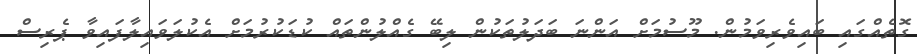
ގޮތެއްގައި ބައިވެރިވަމުން. މޫސުމަށް އަންނަ ބަދަލުތަކުން ލިބޭ ގެއްލުންތައް ކުޑަކުރުމަށް އެކުލަވައިލާފައިވާ ޕެރިސް